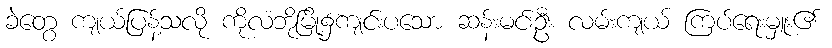
ခဲတွေ ကျယ်ပြန့်သလို ကိုလံဘိုမြို့၌ကျင်းပသော ဆန်းမင်းဦး လမ်းကျယ် ကြပ်ရေးမှူး၏